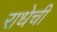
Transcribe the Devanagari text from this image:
राधेची